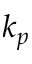
k _ { p }